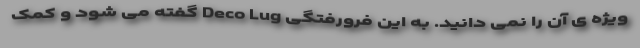
ویژه ی آن را نمی دانید. به این فرورفتگی Deco Lug گفته می شود و کمک